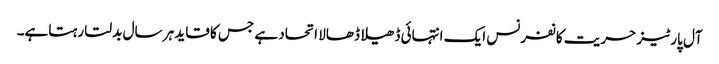
آل پارٹیز حریت کانفرنس ایک انتہائی ڈھیلا ڈھالا اتحاد ہے جس کا قاید ہر سال بدلتا رہتاہے۔